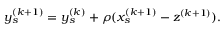
y _ { s } ^ { ( k + 1 ) } = y _ { s } ^ { ( k ) } + \rho ( x _ { s } ^ { ( k + 1 ) } - z ^ { ( k + 1 ) } ) .